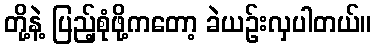
တို့နဲ့ ပြည့်စုံဖို့ကတော့ ခဲယဉ်းလှပါတယ်။